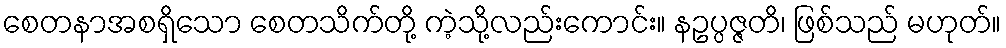
စေတနာအစရှိသော စေတသိက်တို့ ကဲ့သို့လည်းကောင်း။ နဥပ္ပဇ္ဇတိ၊ ဖြစ်သည် မဟုတ်။